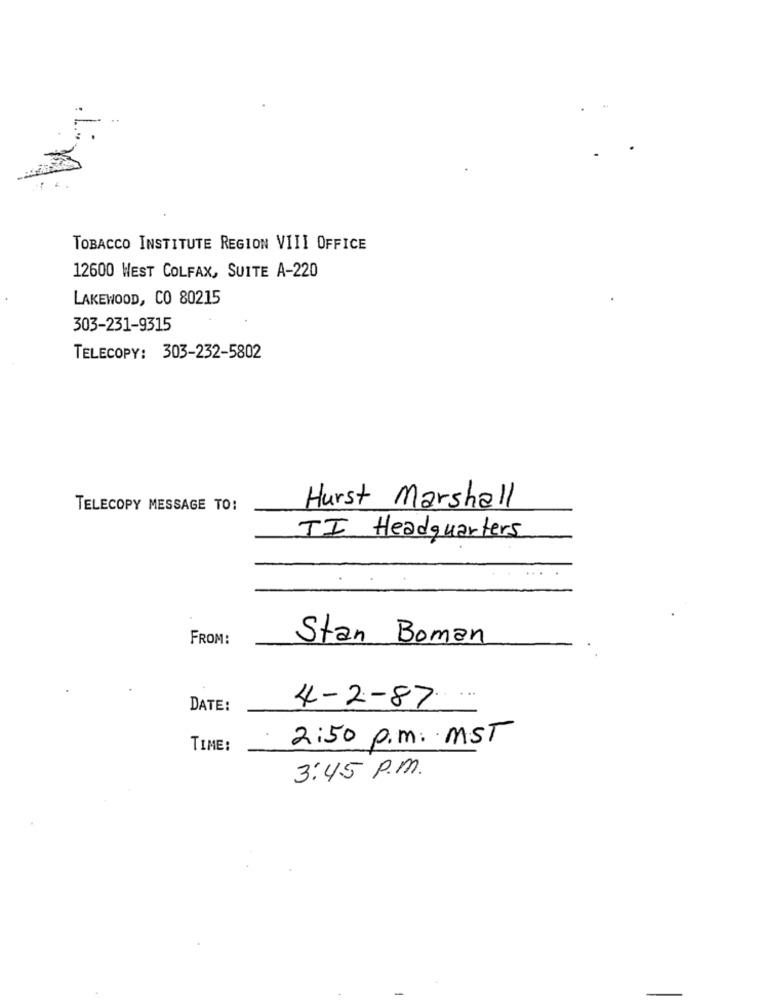
...
TOBACCO INSTITUTE REGION VIII OFFICE
12600 WEST COLFAX, SUITE A-220
LAKEWOOD, CO 80215
303-231-9315
TELECOPY: 303-232-5802
TELECOPY MESSAGE TO:
Hurst Marshall
TI Headquarters
FROM:
Stan Boman
DATE:
4-2-87
2:50 p.m. MST
TIME:
3:45 p.m.